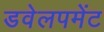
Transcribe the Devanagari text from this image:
डवेलपमेंट